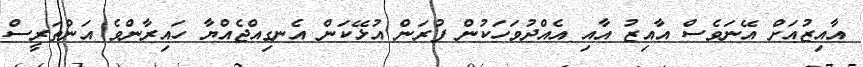
އާއިޒުއަށް އޭނަވެސް އާއިޒު އާއި އެއްދުވަހަކުން ފުރަން އުޅޭކަން އެނގިއްޖެއްޔާ ހައިރާންވެ އަންތަރީސް